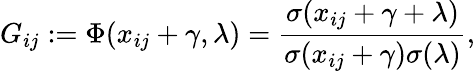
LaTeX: G_{ij}:=\Phi(x_{ij}+\gamma,\lambda)=\frac{\sigma(x_{ij}+\gamma+\lambda)}{\sigma(x_{ij}+\gamma)\sigma(\lambda)},